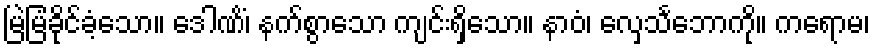
မြဲမြံခိုင်ခံ့သော။ ဒေါဏိံ၊ နက်စွာသော ကျင်းရှိသော။ နာဝံ၊ လှေသင်္ဘောကို။ ကရောမ၊